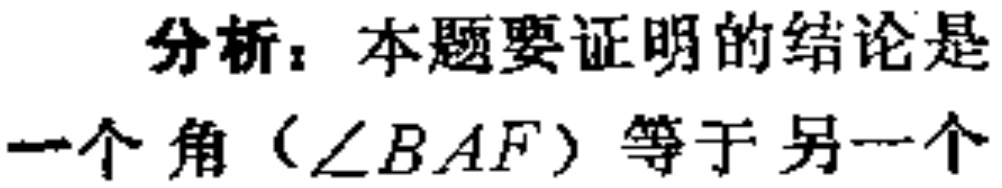
分析：本题要证明的结论是

一个角（\(\angle BAF\)）等于另一个